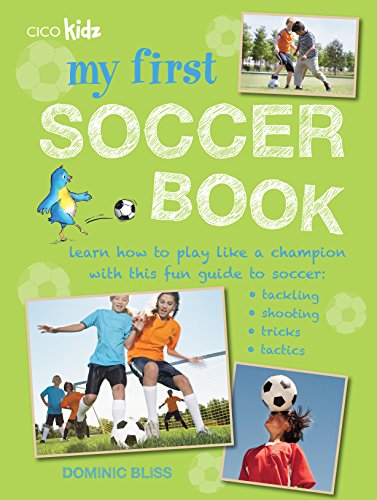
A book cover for My First Soccer Book: Learn how to play like a champion with this fun guide to soccer: tackling, shooting, tricks, tactics; Dominic Bliss; Children's Books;